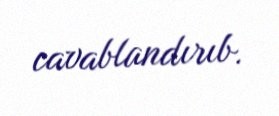
cavablandırıb.